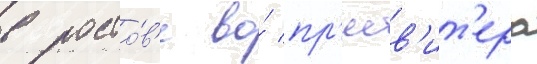
в росто́в'е во́ пр'есв'ит'ера